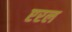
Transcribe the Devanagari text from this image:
एरल